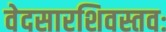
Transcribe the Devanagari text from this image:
वेदसारशिवस्तवः